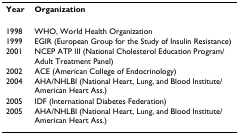
<table><thead><tr><td><b>Year</b></td><td><b>Organization</b></td></tr></thead><tbody><tr><td>1998</td><td>WHO, World Health Organization</td></tr><tr><td>1999</td><td>EGIR (European Group for the Study of Insulin Resistance)</td></tr><tr><td>2001</td><td>NCEP ATP III (National Cholesterol Education Program/Adult Treatment Panel)</td></tr><tr><td>2002</td><td>ACE (American College of Endocrinology)</td></tr><tr><td>2004</td><td>AHA/NHLBI (National Heart, Lung, and Blood Institute/American Heart Ass.)</td></tr><tr><td>2005</td><td>IDF (International Diabetes Federation)</td></tr><tr><td>2005</td><td>AHA/NHLBI (National Heart, Lung, and Blood Institute/American Heart Ass.)</td></tr></tbody></table>